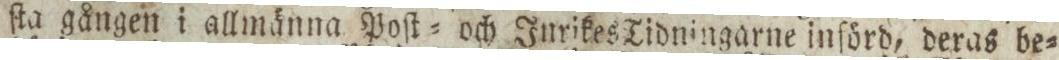
ſta gången i allmänna Poſt= och Inrikes Tidningarne införd, deras be=